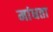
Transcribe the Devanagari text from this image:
मांधता